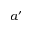
a ^ { \prime }